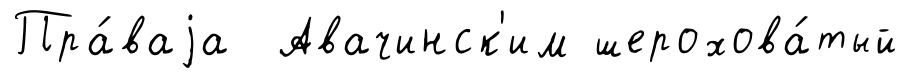
Пра́ваjа Авачинск'им шерохова́тый